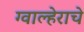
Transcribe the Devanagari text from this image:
ग्वाल्हेराचे